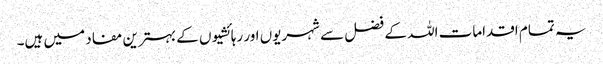
یہ تمام اقدامات اللہ کے فضل سے شہریوں اور رہائشیوں کے بہترین مفاد میں ہیں۔